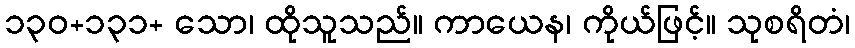
၁၃၀+၁၃၁+ သော၊ ထိုသူသည်။ ကာယေန၊ ကိုယ်ဖြင့်။ သုစရိတံ၊